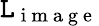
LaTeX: \mathtt{L}_{\mathrm{{~i~m~a~g~e~}}}